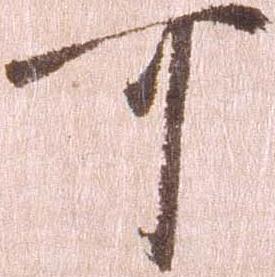
可